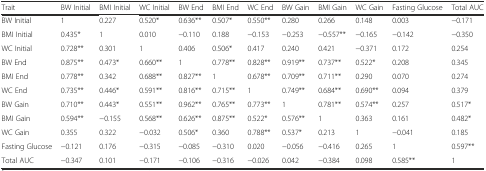
<table><thead><tr><td><b>Trait</b></td><td><b>BW Initial</b></td><td><b>BMI Initial</b></td><td><b>WC Initial</b></td><td><b>BW End</b></td><td><b>BMI End</b></td><td><b>WC End</b></td><td><b>BW Gain</b></td><td><b>BMI Gain</b></td><td><b>WC Gain</b></td><td><b>Fasting Glucose</b></td><td><b>Total AUC</b></td></tr></thead><tbody><tr><td>BW Initial</td><td>1</td><td>0.227</td><td>0.520*</td><td>0.636**</td><td>0.507*</td><td>0.550**</td><td>0.280</td><td>0.266</td><td>0.148</td><td>0.003</td><td>−0.171</td></tr><tr><td>BMI Initial</td><td>0.435*</td><td>1</td><td>0.010</td><td>−0.110</td><td>0.188</td><td>−0.153</td><td>−0.253</td><td>−0.557**</td><td>−0.165</td><td>−0.142</td><td>−0.350</td></tr><tr><td>WC Initial</td><td>0.728**</td><td>0.301</td><td>1</td><td>0.406</td><td>0.506*</td><td>0.417</td><td>0.240</td><td>0.421</td><td>−0.371</td><td>0.172</td><td>0.254</td></tr><tr><td>BW End</td><td>0.875**</td><td>0.473*</td><td>0.660**</td><td>1</td><td>0.778**</td><td>0.828**</td><td>0.919**</td><td>0.737**</td><td>0.522*</td><td>0.208</td><td>0.345</td></tr><tr><td>BMI End</td><td>0.778**</td><td>0.342</td><td>0.688**</td><td>0.827**</td><td>1</td><td>0.678**</td><td>0.709**</td><td>0.711**</td><td>0.290</td><td>0.070</td><td>0.274</td></tr><tr><td>WC End</td><td>0.735**</td><td>0.446*</td><td>0.591**</td><td>0.816**</td><td>0.715**</td><td>1</td><td>0.749**</td><td>0.684**</td><td>0.690**</td><td>0.094</td><td>0.379</td></tr><tr><td>BW Gain</td><td>0.710**</td><td>0.443*</td><td>0.551**</td><td>0.962**</td><td>0.765**</td><td>0.773**</td><td>1</td><td>0.781**</td><td>0.574**</td><td>0.257</td><td>0.517*</td></tr><tr><td>BMI Gain</td><td>0.594**</td><td>−0.155</td><td>0.568**</td><td>0.626**</td><td>0.875**</td><td>0.522*</td><td>0.576**</td><td>1</td><td>0.363</td><td>0.161</td><td>0.482*</td></tr><tr><td>WC Gain</td><td>0.355</td><td>0.322</td><td>−0.032</td><td>0.506*</td><td>0.360</td><td>0.788**</td><td>0.537*</td><td>0.213</td><td>1</td><td>−0.041</td><td>0.185</td></tr><tr><td>Fasting Glucose</td><td>−0.121</td><td>0.176</td><td>−0.315</td><td>−0.085</td><td>−0.310</td><td>0.020</td><td>−0.056</td><td>−0.416</td><td>0.265</td><td>1</td><td>0.597**</td></tr><tr><td>Total AUC</td><td>−0.347</td><td>0.101</td><td>−0.171</td><td>−0.106</td><td>−0.316</td><td>−0.026</td><td>0.042</td><td>−0.384</td><td>0.098</td><td>0.585**</td><td>1</td></tr></tbody></table>